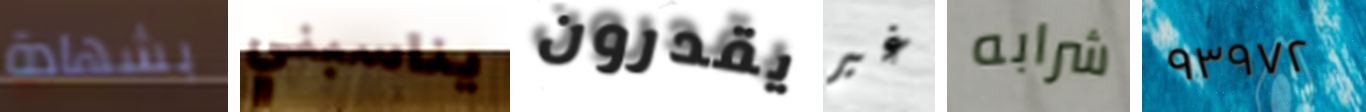
بشهادة يناسبني يقدرون غير شرابه ٩٣٩٧٢